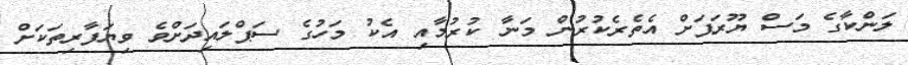
ލަންކާގެ މަސް ޔޫރަޕަށް އެތެރެކުރުން މަނާ ކުރުމާއި އެކު މަހުގެ ސަޕްލައިދަށްވެ ވިޔަފާރިތަކަށް